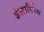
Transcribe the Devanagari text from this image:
कंस्टानिनेस